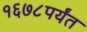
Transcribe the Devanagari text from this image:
१६७८पर्यंत